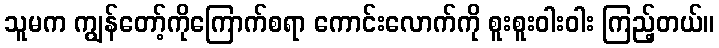
သူမက ကျွန်တော့်ကိုကြောက်စရာ ကောင်းလောက်ကို စူးစူးဝါးဝါး ကြည့်တယ်။